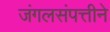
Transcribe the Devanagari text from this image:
जंगलसंपत्तीने